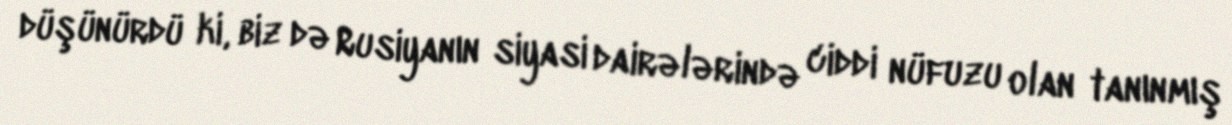
düşünürdü ki, biz də Rusiyanın siyasi dairələrində ciddi nüfuzu olan tanınmış